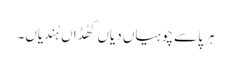
ہر پاسے چوہیاں دیاں کھُڈاں ہُندیاں۔